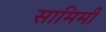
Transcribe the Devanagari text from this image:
सामिमी